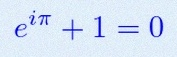
e^{i\pi}+1=0